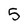
Character: 5